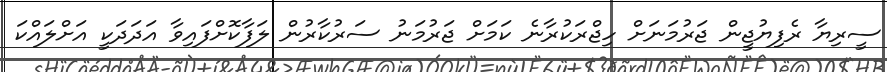
ސީރިޔާ ރެފިޔުޖީން ޖަރުމަނަށް ހިޖްރަކުރާނެ ކަމަށް ޖަރުމަނު ސަރުކާރުން ލަފާކޮށްފައިވާ އަދަދަކީ އަށްލައްކަ